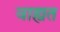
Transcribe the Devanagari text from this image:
वाह्यत